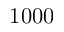
1 0 0 0